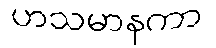
ဟသမာနကာ